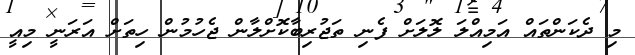
މި ދެކަންތައް އަމިއްލަ ލޮލަށް ފެނި ތަޖުރިބާކޮށްލާން ޖެހުމުން ހިތަށް އަރަނީ މިއީ